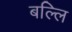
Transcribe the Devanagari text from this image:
बल्लि